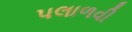
પલાળવી